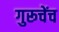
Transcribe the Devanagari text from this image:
गुरूचेंच